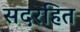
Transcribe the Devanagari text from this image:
सदरहित